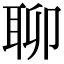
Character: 聊